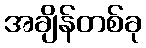
အချိန်တစ်ခု